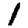
Digit: 1